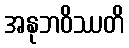
အနုဘဝိဿတိ